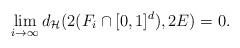
LaTeX: \begin{align*}\lim_{i\to\infty}d_\mathcal{H}(2(F_i\cap [0,1]^d), 2E)=0.\end{align*}